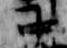
中